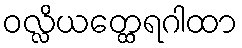
ဝလ္လိယတ္ထေရဂါထာ